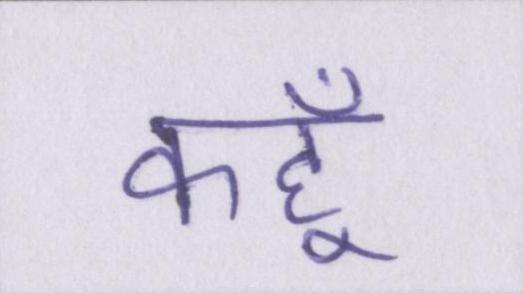
कहूँ